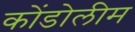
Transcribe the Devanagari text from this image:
कोंडोलीम